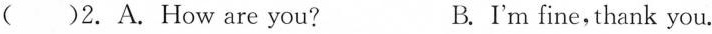
( )2. A. How are you? B.I'm fine,thank you.